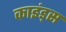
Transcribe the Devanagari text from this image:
काइंड्स